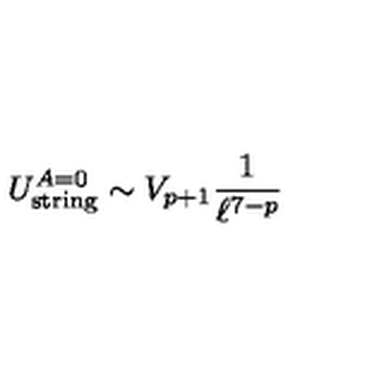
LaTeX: U _ { \mathrm { s t r i n g } } ^ { A = 0 } \sim V _ { p + 1 } \frac { 1 } { \ell ^ { 7 - p } }